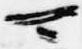
可